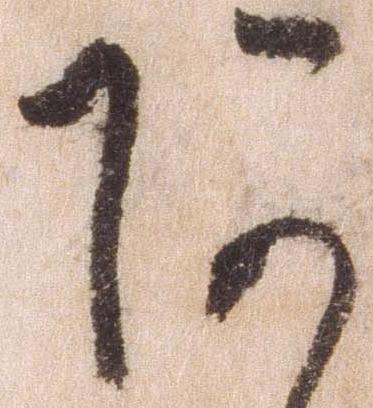
あ